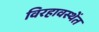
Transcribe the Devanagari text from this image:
विरहावस्थेंत